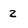
Character: 2